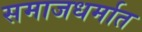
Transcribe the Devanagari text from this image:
समाजधर्मात